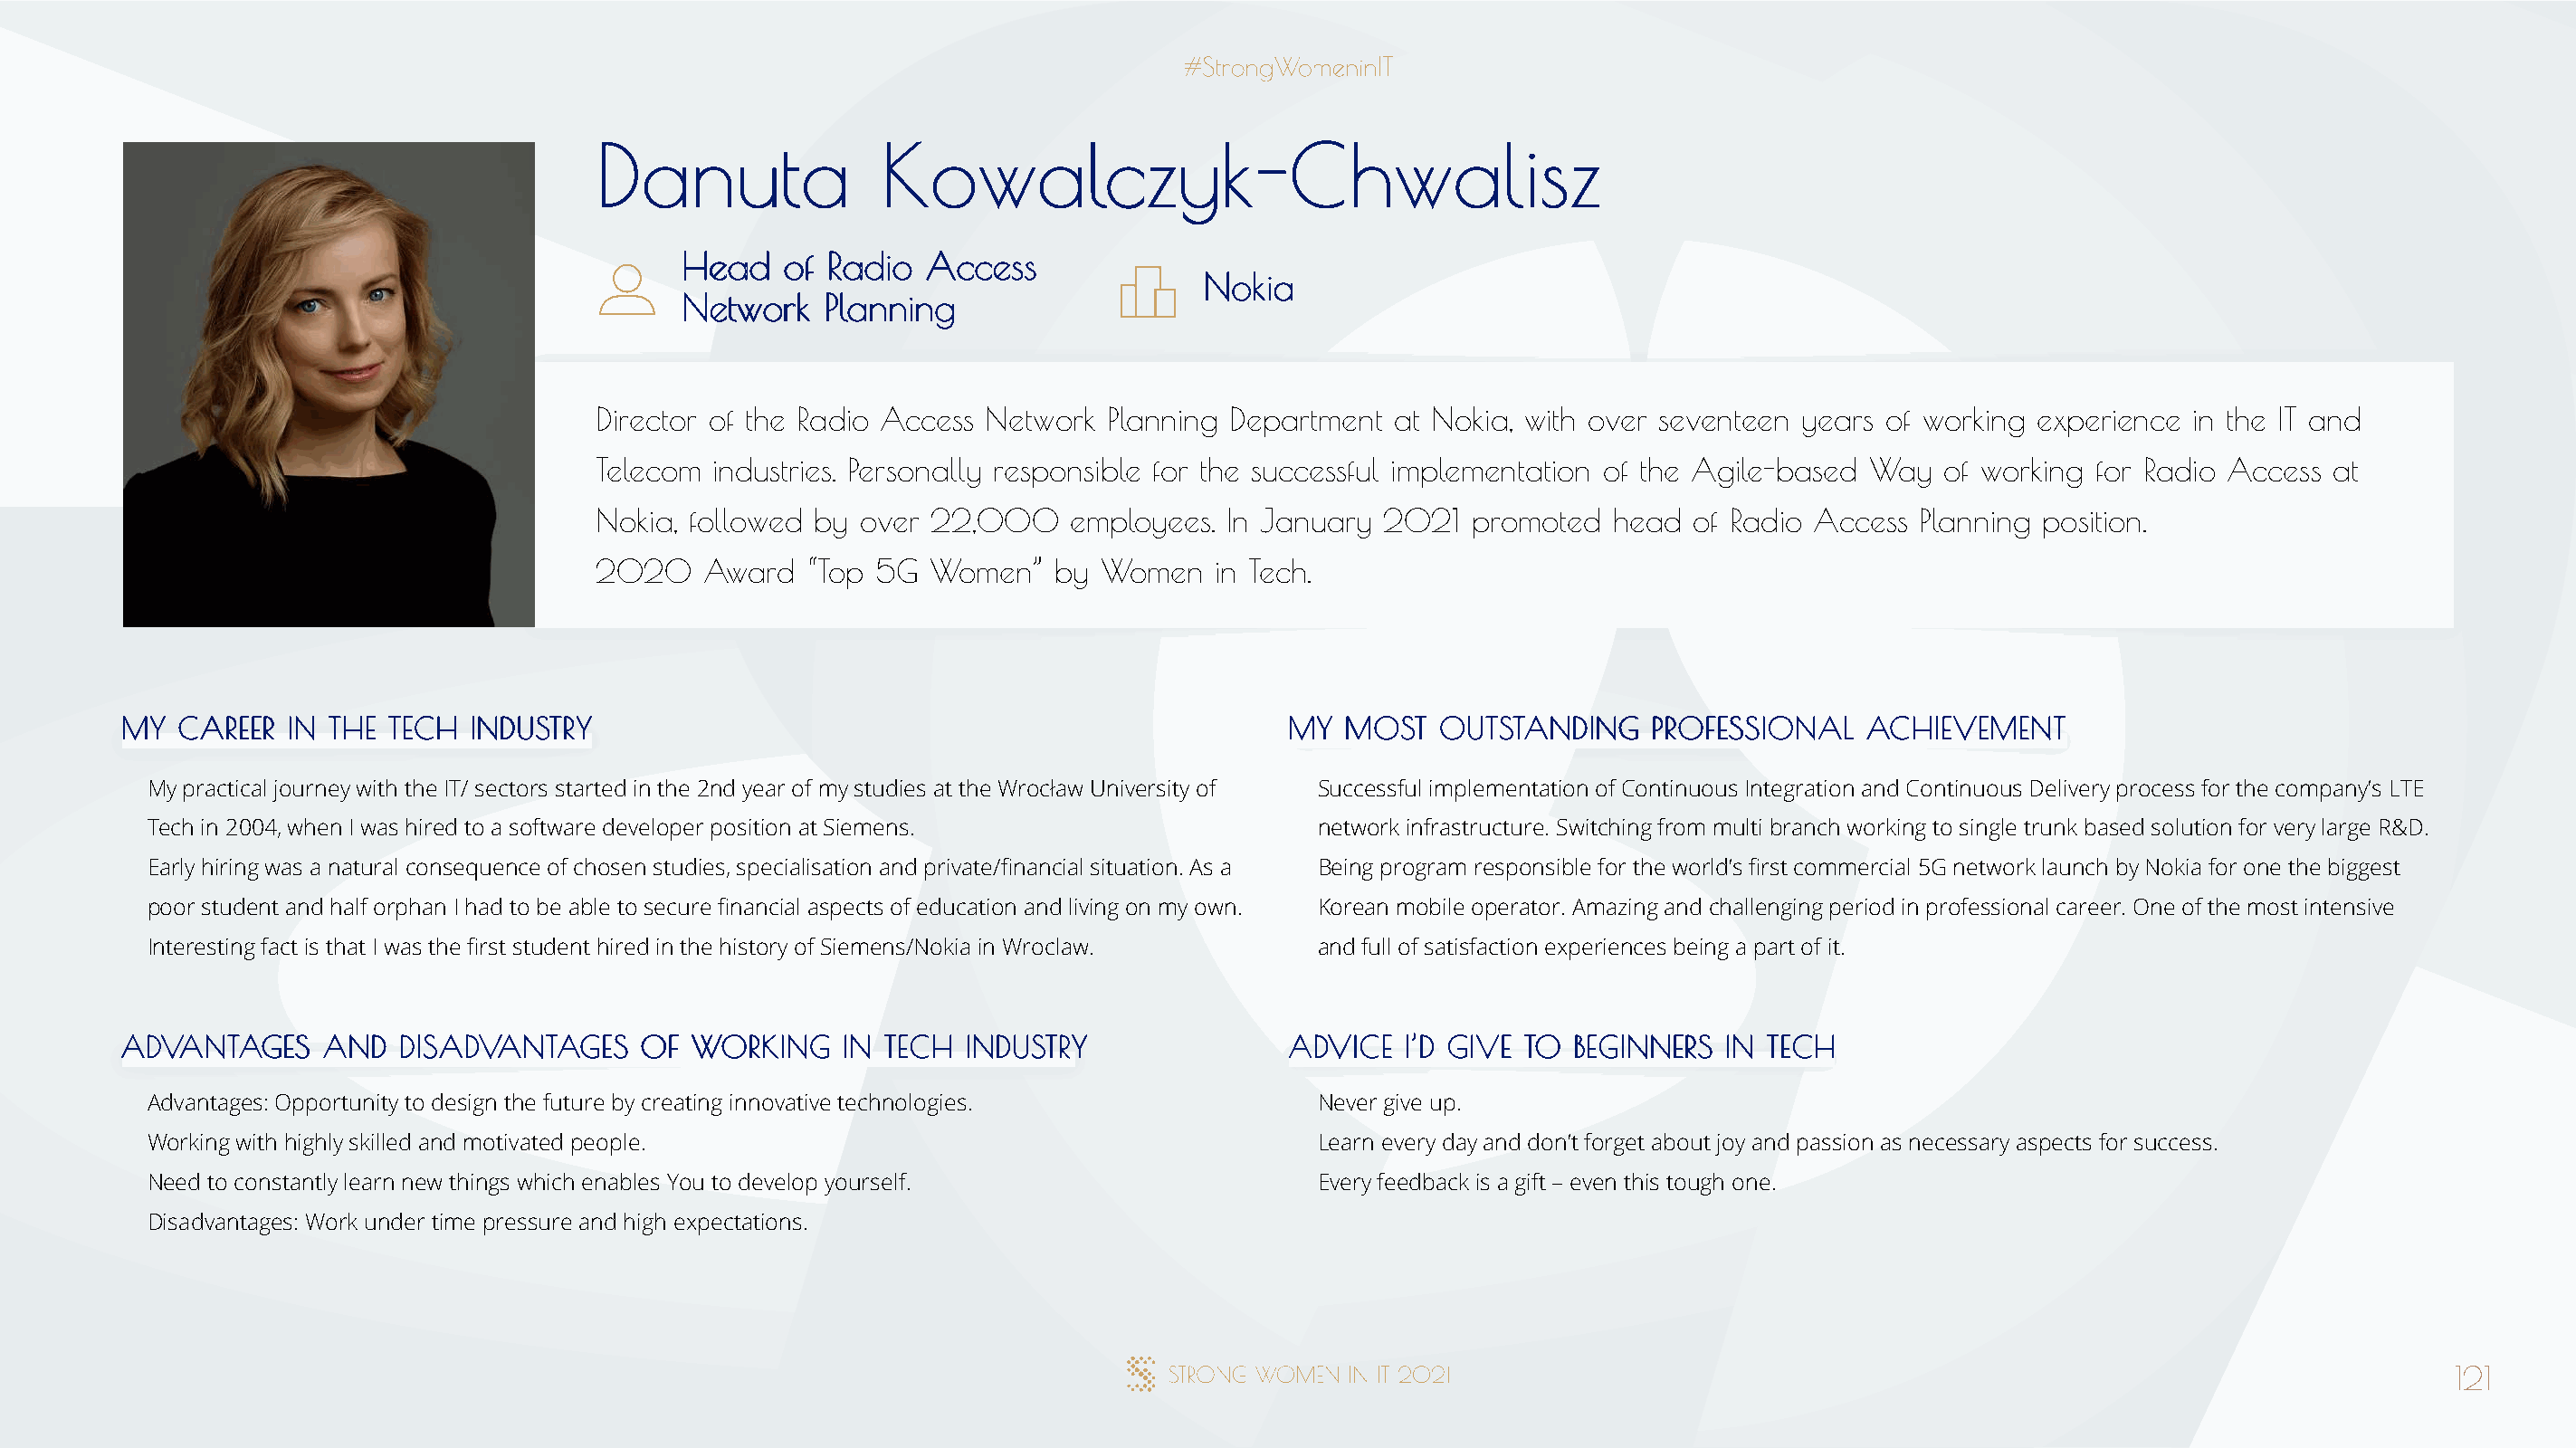
DDaannuuttaa        KKoowwaallcczzyykk--CChhwwaalliisszz
 HHeeaadd ooff RRaaddiioo AAcccceessss
 NNookkiiaa
 NNeettwwoorrkk PPllaannnniinngg
 Director of the Radio Access Network Planning Department  at Nokia, with over seventeen years of working experience in the IT and
 Telecom industries. Personally responsible for the successful implementation of the Agile-based Way of working for Radio Access at
 Nokia, followed by over 22,000    employees.  In January 2021   promoted  head  of Radio Access Planning position.
 2020   Award   “Top 5G  Women”   by Women    in Tech.
 MMYY CCAARREEEERR IINN TTHHEE TTEECCHH IINNDDUUSSTTRRYY                              MMYY MMOOSSTT OOUUTTSSTTAANNDDIINNGG PPRROOFFEESSSSIIOONNAALL AACCHHIIEEVVEEMMEENNTT
 My practical journey with the IT/ sectors started in the 2nd year of my studies at the Wrocław University of Successful implementation of Continuous Integration and Continuous Delivery process for the company’s LTE
 Tech in 2004, when I was hired to a software developer position at Siemens.          network infrastructure. Switching from multi branch working to single trunk based solution for very large R&D.
 Early hiring was a natural consequence of chosen studies, specialisation and private/financial situation. As a Being program responsible for the world’s first commercial 5G network launch by Nokia for one the biggest
 poor student and half orphan I had to be able to secure financial aspects of education and living on my own. Korean mobile operator. Amazing and challenging period in professional career. One of the most intensive
 Interesting fact is that I was the first student hired in the history of Siemens/Nokia in Wroclaw. and full of satisfaction experiences being a part of it.
 AADDVVAANNTTAAGGEESS AANNDD DDIISSAADDVVAANNTTAAGGEESS OOFF WWOORRKKIINNGG IINN TTEECCHH IINNDDUUSSTTRRYY AADDVVIICCEE II’’DD GGIIVVEE TTOO BBEEGGIINNNNEERRSS IINN TTEECCHH
 Advantages: Opportunity to design the future by creating innovative technologies.    Never give up.
 Working with highly skilled and motivated people.                                    Learn every day and don’t forget about joy and passion as necessary aspects for success.
 Need to constantly learn new things which enables You to develop yourself.           Every feedback is a gift – even this tough one.
 Disadvantages: Work under time pressure and high expectations.
 121